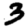
Digit: 3